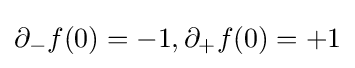
\partial _{-}f(0)=-1,\partial _{+}f(0)=+1